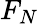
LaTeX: F_{N}